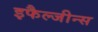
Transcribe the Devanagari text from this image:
इफैल्जीन्स